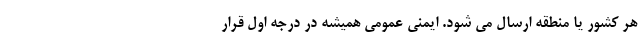
هر کشور یا منطقه ارسال می شود. ایمنی عمومی همیشه در درجه اول قرار